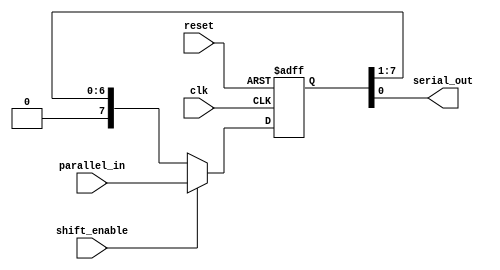
module piso_shift_register (
  input wire clk,           // Clock input
  input wire reset,         // Reset input
  input wire [7:0] parallel_in, // Parallel input data (8 bits)
  input wire shift_enable,  // Shift enable control signal
  output wire serial_out    // Serial output
);

  reg [7:0] shift_reg;      // 8-bit shift register
  reg [2:0] shift_counter;  // Shift counter for serial output

  always @(posedge clk or posedge reset) begin
    if (reset) begin
      shift_reg <= 8'b0;    // Reset the shift register to all zeros
      shift_counter <= 3'b0; // Reset the shift counter
    end else if (shift_enable) begin
      // Load parallel data when shift enable is asserted
      shift_reg <= parallel_in;
      // Increment the shift counter
      shift_counter <= shift_counter + 1;
    end else begin
      // Shift right when shift enable is deasserted
      shift_reg <= {1'b0, shift_reg[7:1]}; // Shift the data
    end
  end

  assign serial_out = shift_reg[0]; // Serial output is the least significant bit

endmodule